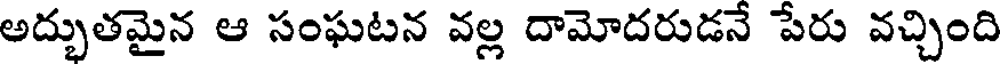
అద్భుతమైన ఆ సంఘటన వల్ల దామోదరుడనే పేరు వచ్చింది